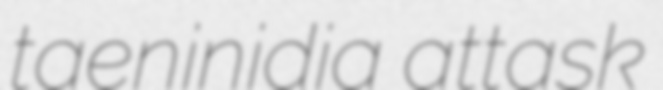
taeninidia attask